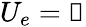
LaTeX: U_{e}=\mathbb{1}